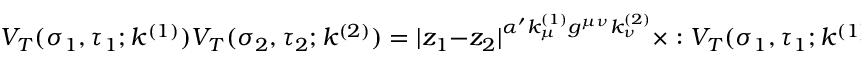
V _ { T } ( \sigma _ { 1 } , \tau _ { 1 } ; k ^ { ( 1 ) } ) V _ { T } ( \sigma _ { 2 } , \tau _ { 2 } ; k ^ { ( 2 ) } ) = | z _ { 1 } - z _ { 2 } | ^ { \alpha ^ { \prime } k _ { \mu } ^ { ( 1 ) } g ^ { \mu \nu } k _ { \nu } ^ { ( 2 ) } } \times : V _ { T } ( \sigma _ { 1 } , \tau _ { 1 } ; k ^ { ( 1 ) } ) V _ { T } ( \sigma _ { 2 } , \tau _ { 2 } ; k ^ { ( 2 ) } ) : ~ ,